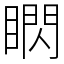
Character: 䁡